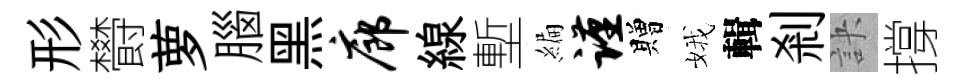
形欎萝腦黑廊線塹編谨贈娥輯剎訣撐